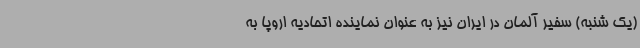
(یک شنبه) سفیر آلمان در ایران نیز به عنوان نماینده اتحادیه اروپا به